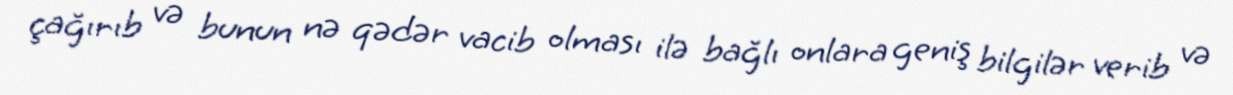
çağırıb və bunun nə qədər vacib olması ilə bağlı onlara geniş bilgilər verib və